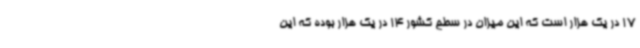
17 در یک هزار است که این میزان در سطح کشور 14 در یک هزار بوده که این